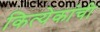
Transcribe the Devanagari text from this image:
कित्येकांची